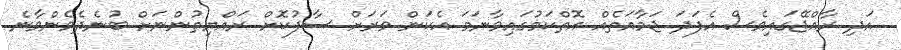
އަދި ރާއްޖޭގައިވެސް އެފަދަ ޖަމާއަތެއް އޮތްކަމުގައިވާނަމަ އެކަން ވަރަށް ސާފުކޮށް ރައްޔިތުންނަށް ބުނެދެވެންވާނެ